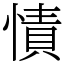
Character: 㥽